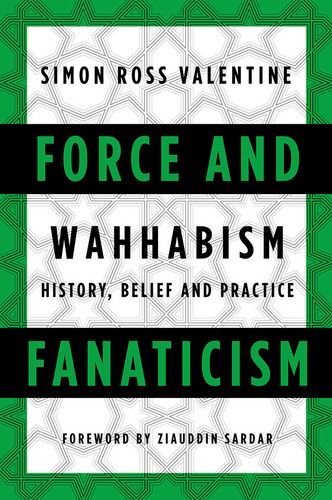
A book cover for Force and Fanaticism: Wahhabism in Saudi Arabia and Beyond; Simon Ross Valentine; History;